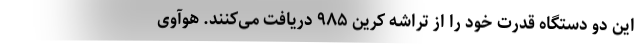
این دو دستگاه قدرت خود را از تراشه کرین ۹۸۵ دریافت می‌کنند. هوآوی